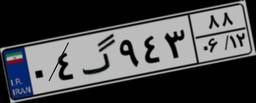
۹۶گ۵۴۶۲۱